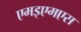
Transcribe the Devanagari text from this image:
एमइएमएस